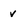
Character: v